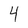
Character: 4